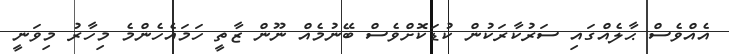
އެއްވެސް ޙާލެއްގައި ސަރުކާރަކުން ކުޑަކޮށްވެސް ބޭނުމެއް ނޫން ޒާތީ ހަމައެހެންމެ މިހާރު މިވަނީ